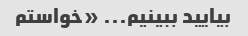
بیایید ببینیم... «خواستم